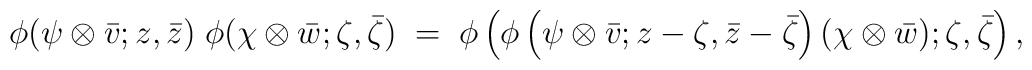
\phi(\psi\otimes\bar{v}; z,\bar{z}) \;\phi(\chi\otimes\bar{w}; \zeta,\bar{\zeta})\;  = \;\phi\left( \phi\left(\psi\otimes\bar{v};z-\zeta,\bar{z}-\bar{\zeta}\right)(\chi\otimes\bar{w}); \zeta,\bar{\zeta}\right),